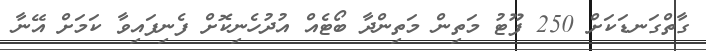
ގާތްގަނޑަކަށް 250 ފޫޓު މަތިން މަތިންދާ ބޯޓެއް އުދުހެނިކޮށް ފެނިފައިވާ ކަމަށް އޭނާ